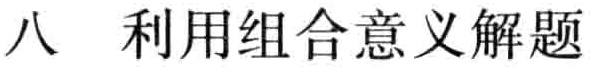
八 利用组合意义解题